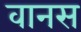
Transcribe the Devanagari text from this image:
वानस